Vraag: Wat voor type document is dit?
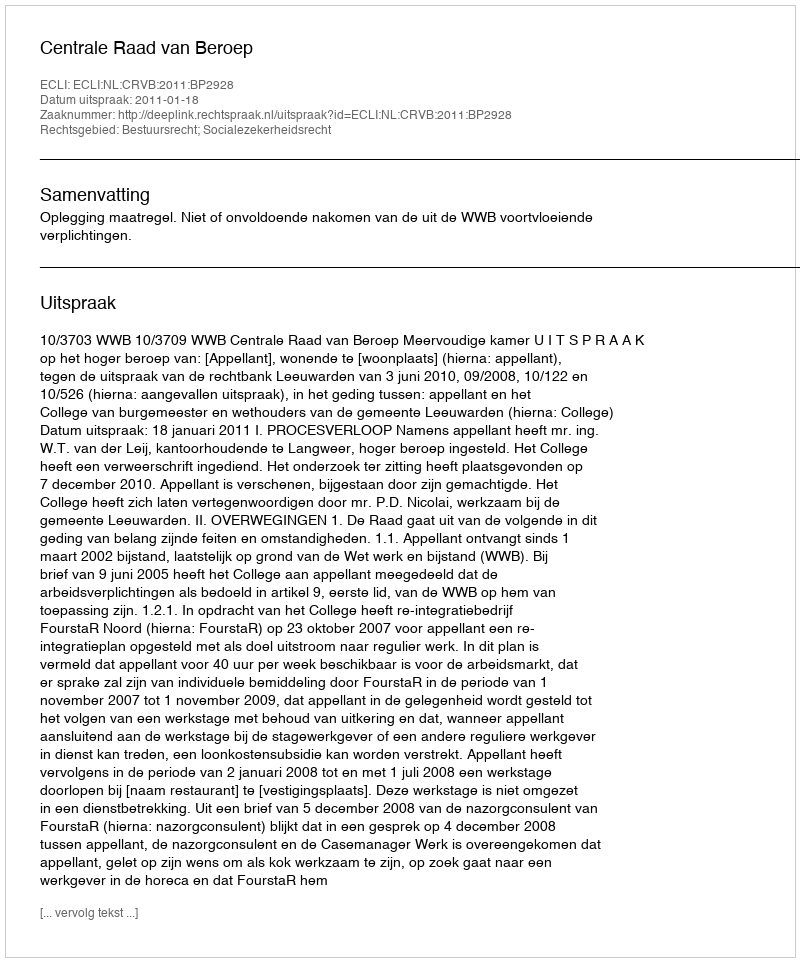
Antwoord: Uitspraak